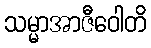
သမ္မာအာဇီဝေါတိ